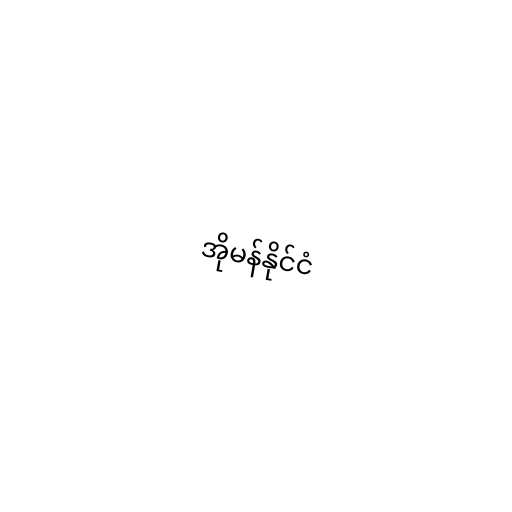
အိုမန်နိုင်ငံ